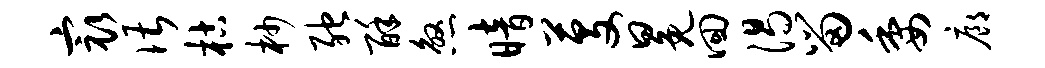
最谌枯杪弛酥煞暗芟冕回渴留委廊